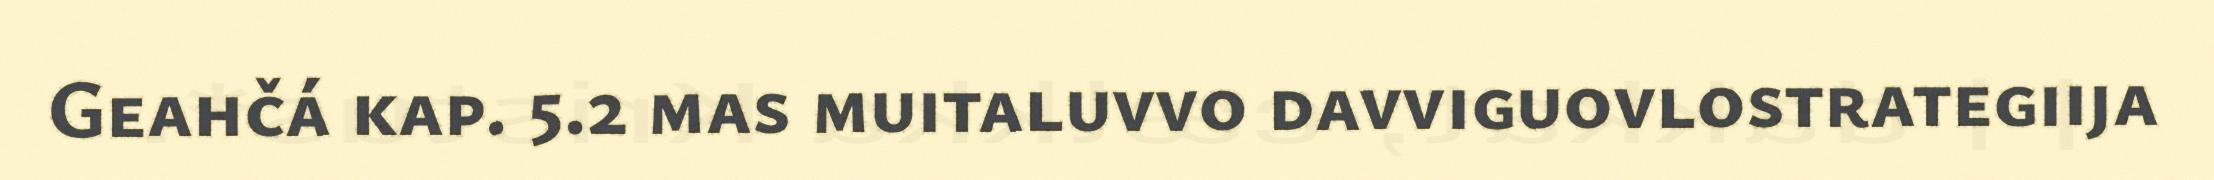
Geahčá kap. 5.2 mas muitaluvvo davviguovlostrategiija